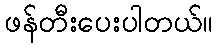
ဖန်တီးပေးပါတယ်။